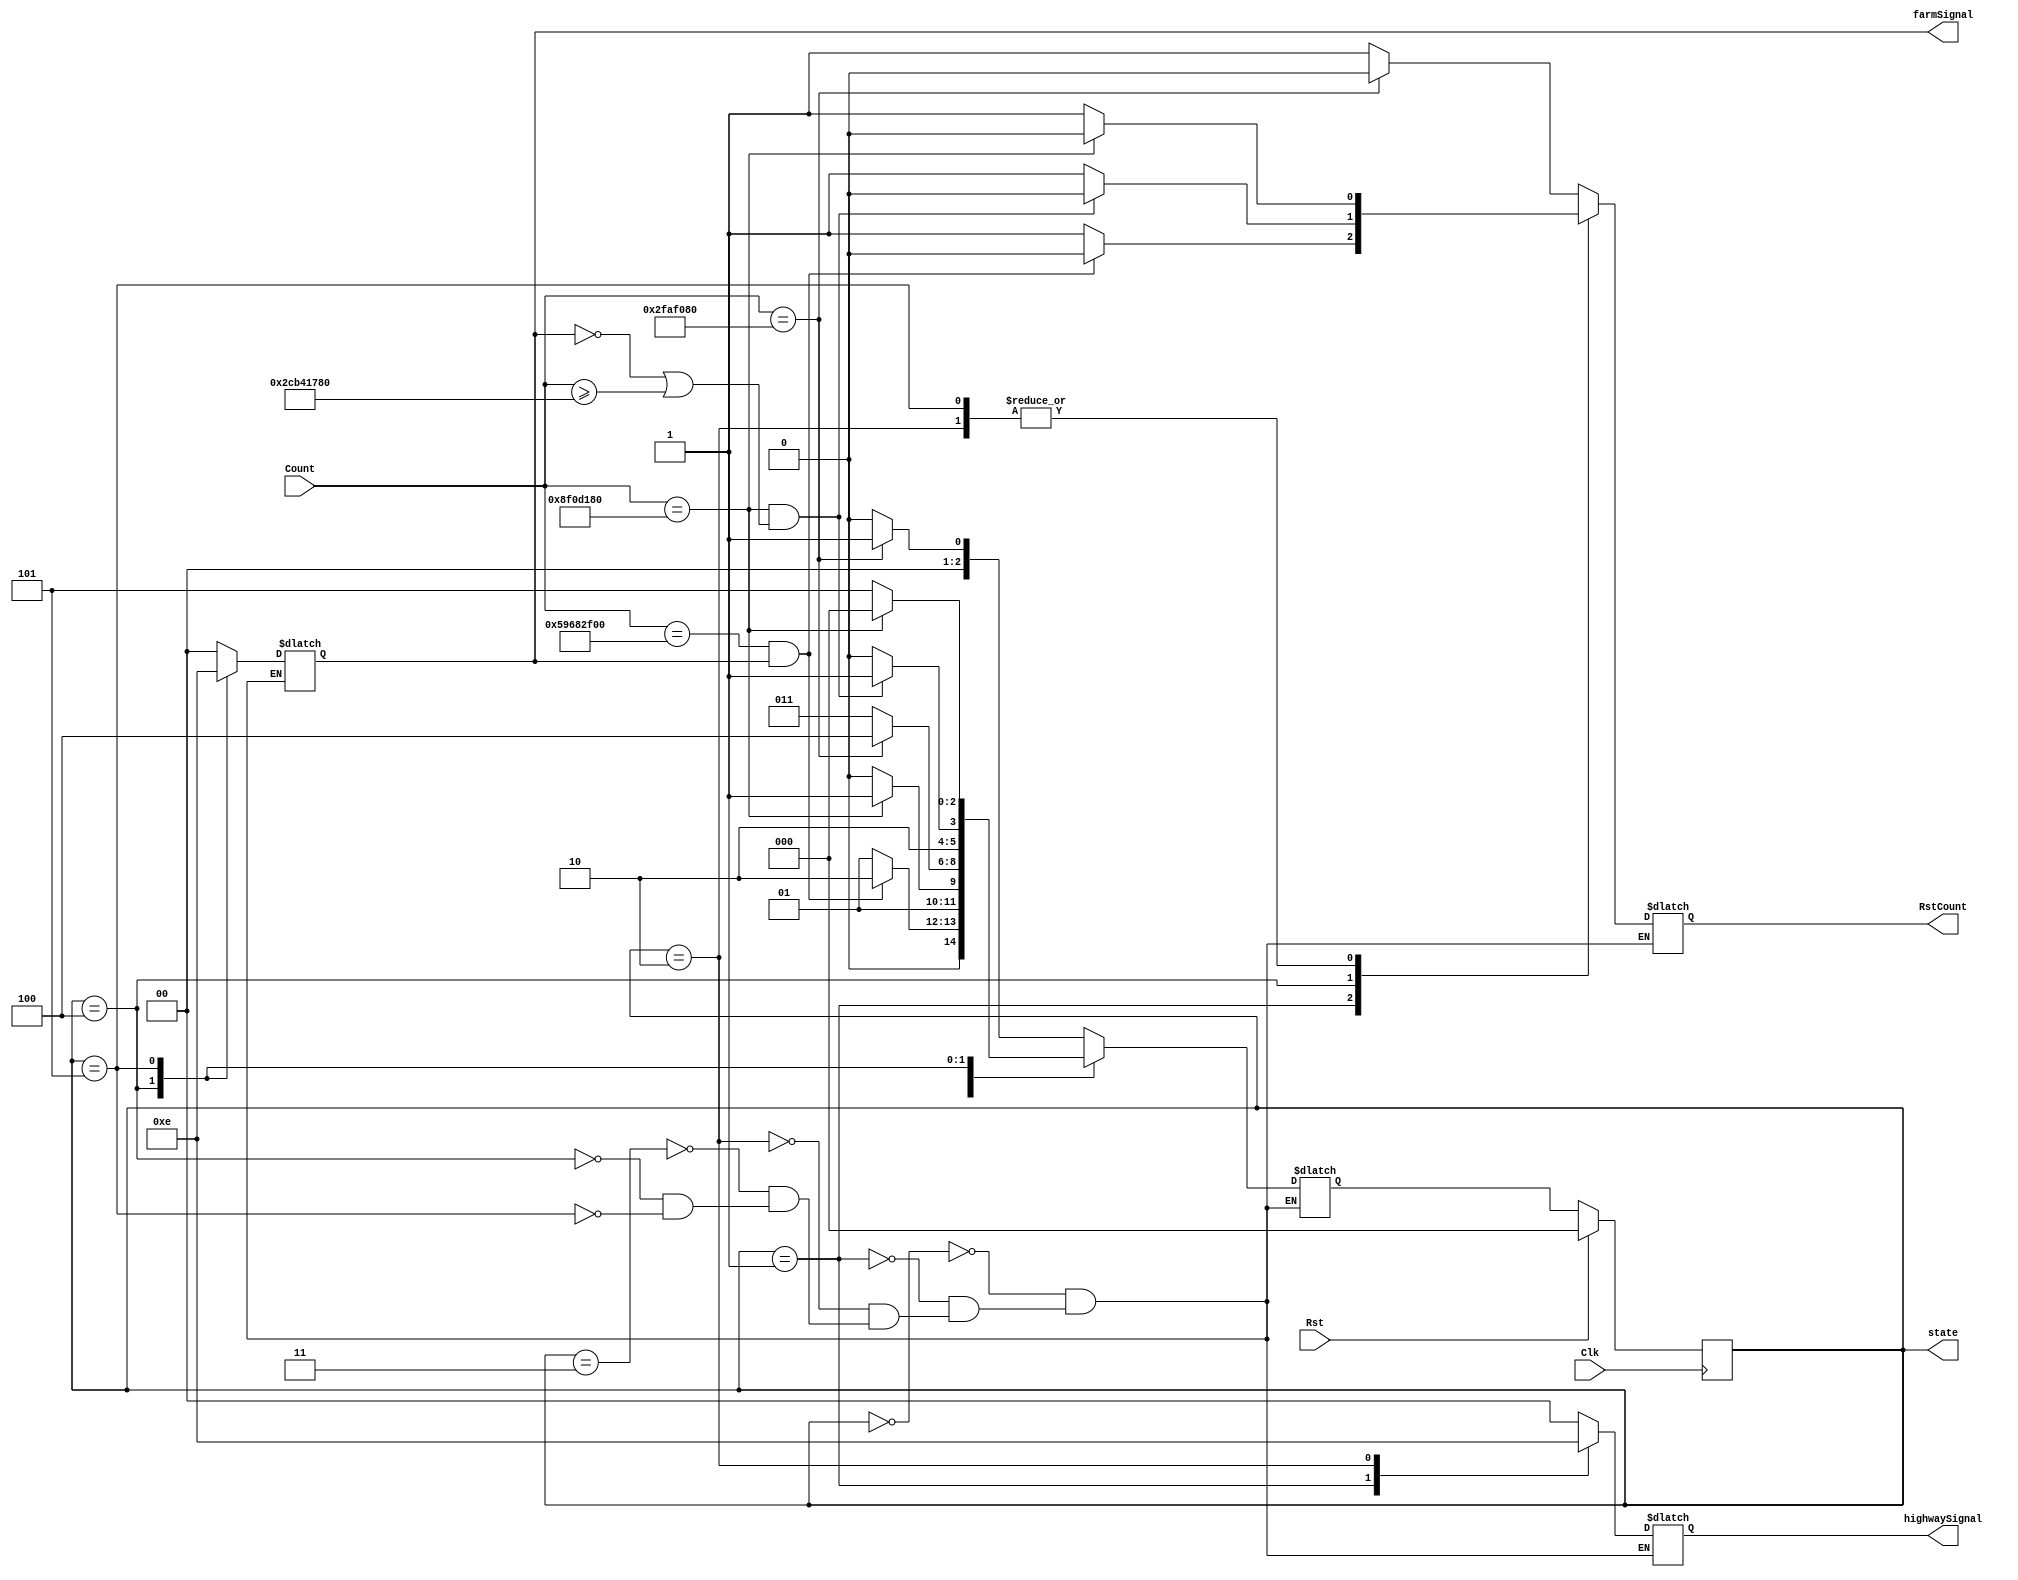
`timescale 1ns / 1ps

`define sec1     50000000
`define sec3    150000000
`define sec15   750000000
`define sec30  1500000000

module tlc_fsm(
    output reg [2:0] state,
    output reg RstCount,
    output reg [1:0] highwaySignal, farmSignal,
    input wire [31-1:0] Count,
    input wire Clk, Rst
);
    
    parameter s0 = 3'b000, 
    s1 = 3'b001, 
    s2 = 3'b010, 
    s3 = 3'b011, 
    s4 = 3'b100, 
    s5 = 3'b101;

    parameter green = 2'b11, 
    yellow = 2'b10, 
    red = 2'b00;
    
    reg [2:0] nextState;

    always@ (state)
        case (state)
            s0: 
            begin
                if (Count == `sec1) 
                    begin
                        highwaySignal = red; 
                        farmSignal = red;
                        RstCount = 0;
                        nextState = s1;
                    end
                else
                    begin
                        highwaySignal = red; 
                        farmSignal = red;
                        RstCount = 1;
                        nextState = s0;
                    end
            end
            s1: begin
                if(Count == `sec30 && farmSignal)	
                    begin
                        highwaySignal = green; 
                        farmSignal = red;       
                        RstCount = 0;
                        nextState = s2;
                    end
                else
                    begin
                        highwaySignal = green; 
                        farmSignal = red;
                        RstCount = + 1;
                        nextState = s1;
                    end
            end
           s2: begin
                if(Count == `sec3)	 
                    begin
                        highwaySignal = yellow; 
                        farmSignal = red;  
                        RstCount = 0;
                        nextState = s3;
                    end
                else
                    begin
                        highwaySignal = yellow; 
                        farmSignal = red;
                        RstCount = 1;
                        nextState = s2;
                    end
            end
            s3: 
            begin
                if(Count == `sec1)	
                    begin
                        highwaySignal = red;
                        farmSignal = red;  
                        RstCount = 0;
                        nextState = s4;
                    end
                else
                    begin
                        highwaySignal = red;
                        farmSignal = red;
                        RstCount = 1;
                        nextState = s3;
                    end
            end
            s4: 
            begin
                if(Count == `sec3 && (!farmSignal || Count >= `sec15))	
                    begin
                        highwaySignal = red;
                        farmSignal = green;  
                        RstCount = 0;
                        nextState = s5;
                    end
                else
                    begin
                        highwaySignal = red;
                        farmSignal = green;
                        RstCount = 1;
                        nextState = s4;
                    end
            end
            s5: 
            begin
                if(Count == `sec3)	
                    begin
                        highwaySignal = red;
                        farmSignal = yellow;  
                        RstCount = 0;
                        nextState = s0;
                    end
                else
                    begin
                        highwaySignal = red;
                        farmSignal = yellow;
                        RstCount = 1;
                        nextState = s5;
                    end
            end
        endcase
    always@ (posedge Clk)
        if(Rst)
            state <= s0;
        else
            state <= nextState;
    
    
endmodule